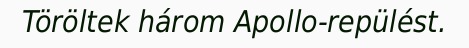
Töröltek három Apollo-repülést.